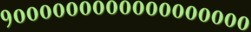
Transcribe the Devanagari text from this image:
१००००००००००००००००००